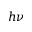
h \nu